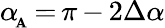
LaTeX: \alpha\! _{_\mathbf{A}}\, {=}\, \pi\, {-}\, 2\Delta\alpha